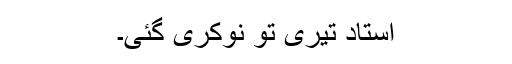
استاد تیری تو نوکری گئی۔